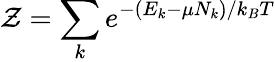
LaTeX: {\mathcal{Z}}=\sum_{k}e^{-(E_{k}-\mu N_{k})/k_{B}T}